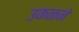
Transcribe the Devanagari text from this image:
उकळने